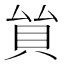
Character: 𧴵